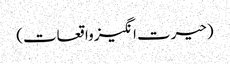
(حیرت انگیز واقعات)